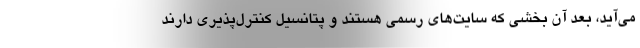
می‌آید، بعد آن بخشی که سایت‌های رسمی هستند و پتانسیل کنترل‌پذیری دارند